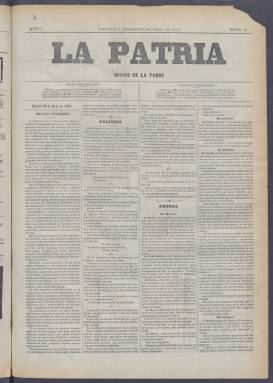
Título: La Patria (Madrid. 1889)
Colección: Periódicos
Ámbito geográfico: Madrid
Lugar de publicación: Madrid
Fechas: 10/05/1889-15/03/1890